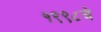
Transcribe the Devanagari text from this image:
१९९८चे